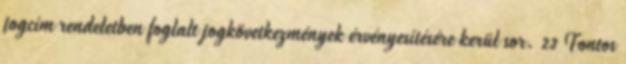
jogcím rendeletben foglalt jogkövetkezmények érvényesítésére kerül sor. 23 Fontos